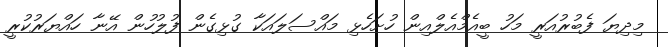
މިދިޔަ ފެބުރުއަރީ މަހު ބީއެމްއެލްއިން ހުށަހެޅި މައްސަލައަކާ ގުޅިގެން ފުލުހުން އޭނާ ހައްޔަރުކުރީ